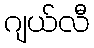
ဂျယ်လီ